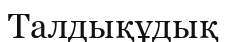
Талдықұдық